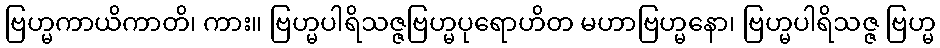
ဗြဟ္မကာယိကာတိ၊ ကား။ ဗြဟ္မပါရိသဇ္ဇဗြဟ္မပုရောဟိတ မဟာဗြဟ္မနော၊ ဗြဟ္မပါရိသဇ္ဇ ဗြဟ္မ